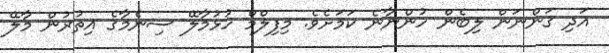
އަދި ގަންނަން ލިބެން ހުންނާނެ ކަމަށެވެ. މިފިލްމް ހުޅުމާލޭ ސިނެމާގެ އިތުރުން މާލޭ